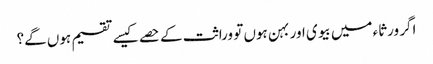
اگر ورثاء میں بیوی اور بہن ہوں تو وراثت کے حصے کیسے تقسیم ہوں گے؟